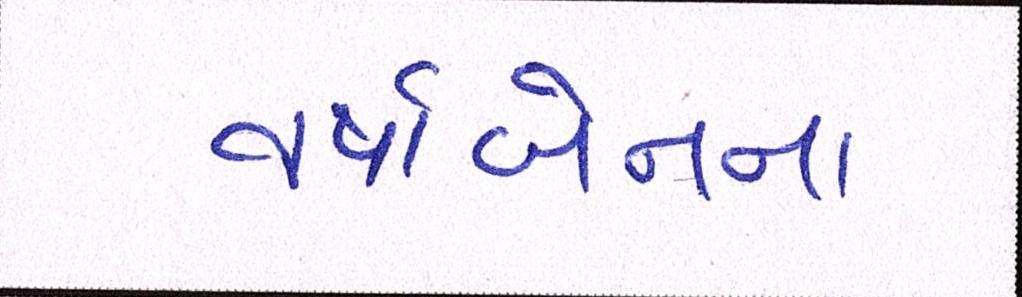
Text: વષાર્બેનના